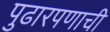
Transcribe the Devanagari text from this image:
पुढारपणाची